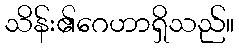
သိန်း၏ဂေဟာရှိသည်။